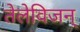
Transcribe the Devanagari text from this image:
तेलेविजन्